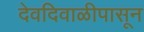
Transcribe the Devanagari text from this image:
देवदिवाळीपासून